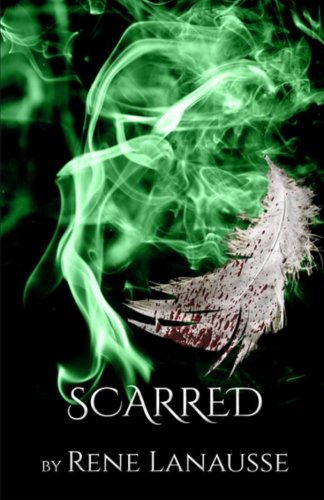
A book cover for Scarred (the Spellbound Series) (Volume 3); Rene Lanausse; Science Fiction & Fantasy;